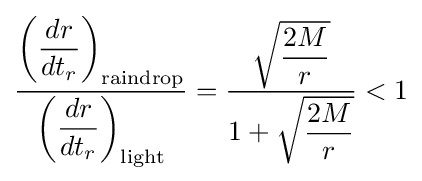
{\frac {\left({\dfrac {dr}{dt_{r}}}\right)_{\text{raindrop}}}{\left({\dfrac {dr}{dt_{r}}}\right)_{\text{light}}}}={\frac {\sqrt {\dfrac {2M}{r}}}{1+{\sqrt {\dfrac {2M}{r}}}}}<1